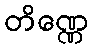
တိဏ္ဏေ